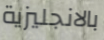
بالانجليزية